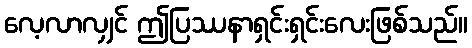
လေ့လာလျှင် ဤပြဿနာရှင်းရှင်းလေးဖြစ်သည်။